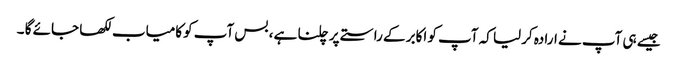
جیسے ہی آپ نے ارادہ کرلیا کہ آپ کو اکابر کے راستے پر چلنا ہے ، بس آپ کوکامیاب لکھا جائے گا ۔